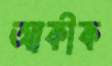
আকীক